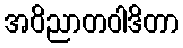
အဝိညာတဝါဒိတာ